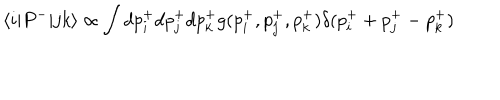
LaTeX: \langle i | P ^ { - } | j k \rangle \propto \int d p _ { i } ^ { + } d p _ { j } ^ { + } d p _ { k } ^ { + } g ( p _ { i } ^ { + } , p _ { j } ^ { + } , p _ { k } ^ { + } ) \delta ( p _ { i } ^ { + } + p _ { j } ^ { + } - p _ { k } ^ { + } )